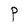
Character: P